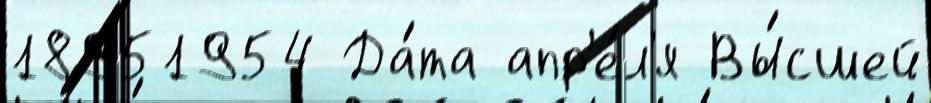
18951954 Да́та апр'е́л'я Вы́сшей